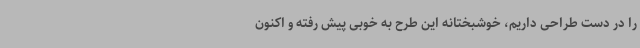
را در دست طراحی داریم، خوشبختانه این طرح به خوبی پیش رفته و اکنون